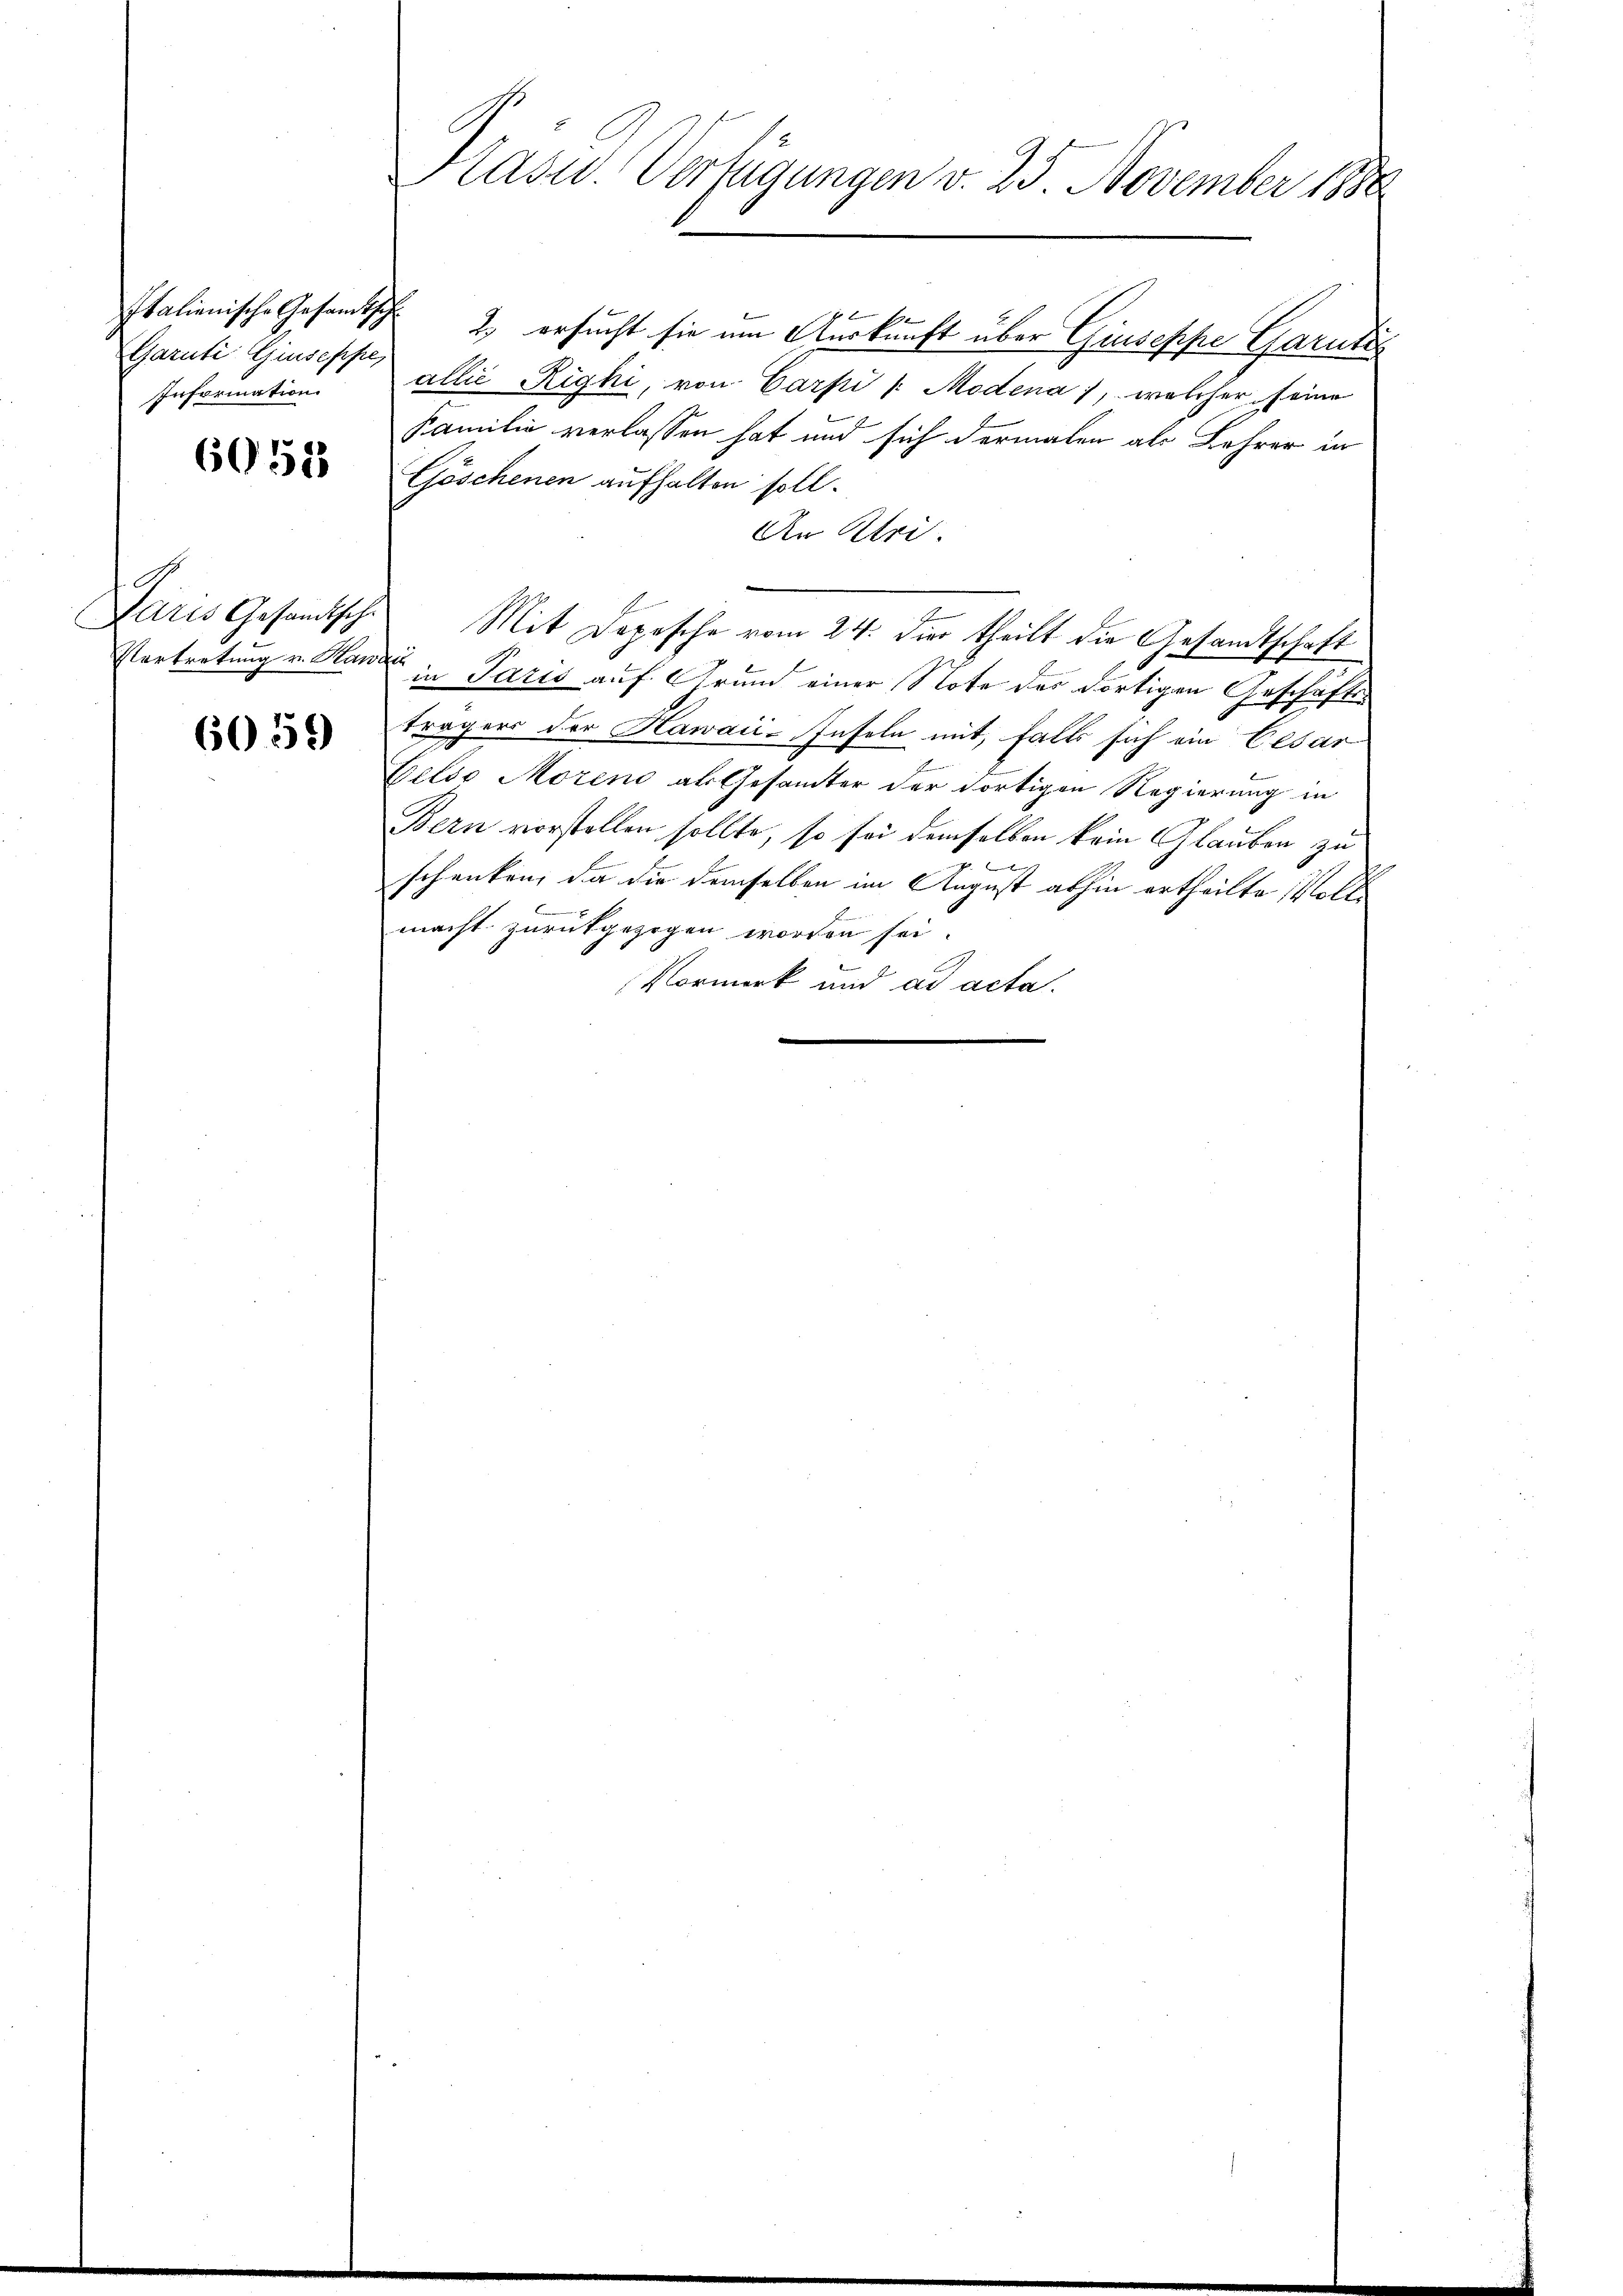
Garuti Guseppe,

6052

A

6059

Italienische Gesandtsch 2 ersucht sie um Auskunft über Giuseppe Garnden
Information allié Righi, von Carpi /: Modena, welcher seine
Familie verlassen hat und sich dermalen als Lehrer in
Göschenen aufhalten soll.
An Ktri.
Cares Gesandtsche Mit Depesche vom 24. die theilt die Gesandtschaft
Vertretung v. Rand in Paris auf Grund einer Note der dortigen Geschäftsträgers der Hawaii-Inseln mit, falls sich ein Cesar
E
Eelio Moreno als Gesamter der dortigen Regierung in
Bern vorstellen sollte, so sei demselben kein Glauben zu
schenken, da die demselben im August abhin ertheilte Voll
macht zurückgezogen worden sei.
Vormerk und ad acta.

Pasu. Verfügungen v. 25. November 1888